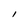
Character: l